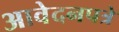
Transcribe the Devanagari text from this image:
आवेदनपत्रे